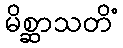
မိစ္ဆာသတိံ